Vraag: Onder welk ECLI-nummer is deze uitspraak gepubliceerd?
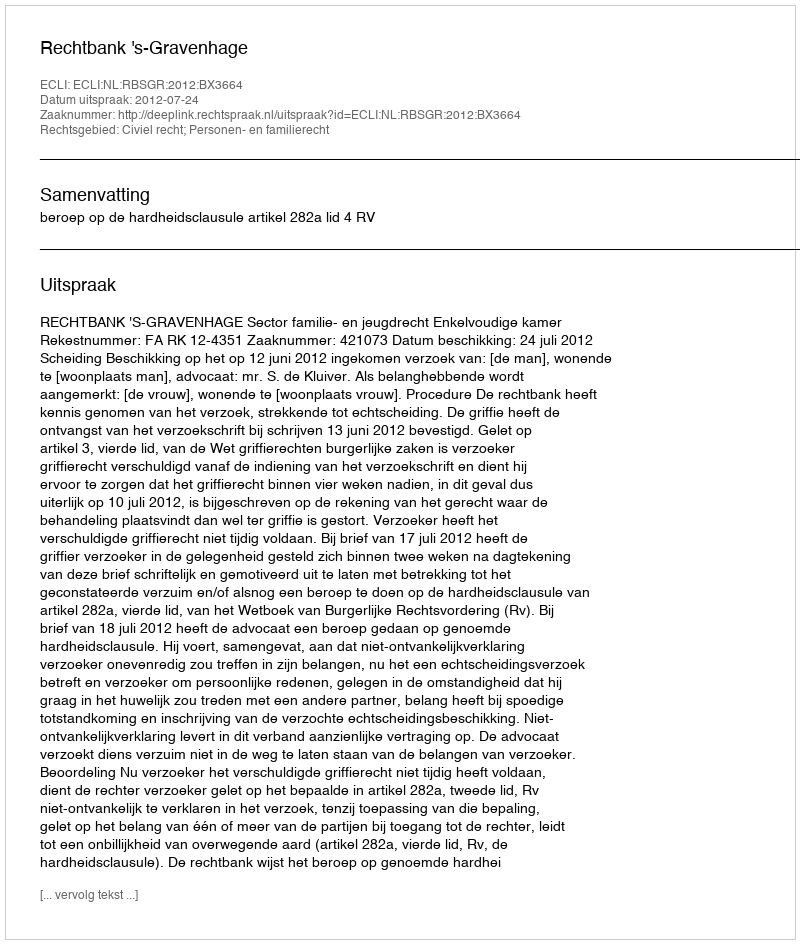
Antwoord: ECLI:NL:RBSGR:2012:BX3664